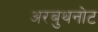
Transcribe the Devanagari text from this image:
अरबुथनोट